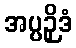
အပ္ပဉှိဒံ